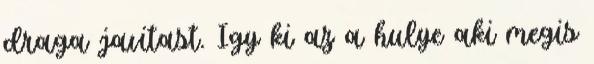
draga javitast. Igy ki az a hulye aki megis